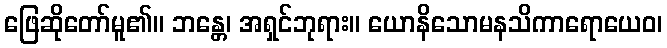
ဖြေဆိုတော်မူ၏။ ဘန္တေ၊ အရှင်ဘုရား။ ယောနိသောမနသိကာရောယေဝ၊